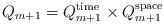
LaTeX: \begin{align*} Q_{m+1}=Q_{m+1}^{\textnormal{time}}\times Q_{m+1}^{\textnormal{space}}\end{align*}